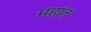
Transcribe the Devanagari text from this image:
महांत